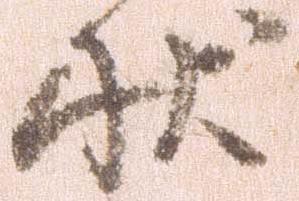
状